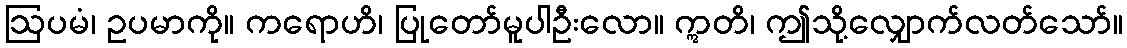
ဩပမံ၊ ဥပမာကို။ ကရောဟိ၊ ပြုတော်မူပါဦးလော။ ဣတိ၊ ဤသို့လျှောက်လတ်သော်။